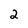
Character: 2